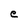
Character: e